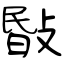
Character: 敯